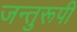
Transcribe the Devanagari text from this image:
जन्तुरूपी